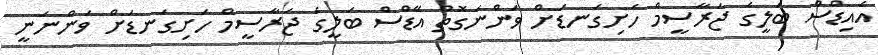
އެއިޑްސް ބަލީގެ ޖަރާސީމް ހަށިގަނޑަށް ވަންނަގޮތް އޭޑްސް ބަލީގެ ޖަރާސީމް ހަށިގަނޑަށް ވަންނަނީ